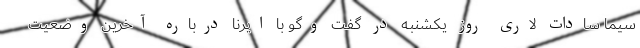
سیما سادات لاری روز یکشنبه در گفت ‌وگو با ایرنا درباره آخرین وضعیت